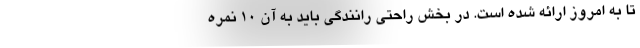
تا به امروز ارائه شده است. در بخش راحتی رانندگی باید به آن 10 نمره